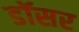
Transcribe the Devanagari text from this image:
डॉसर